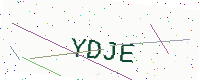
Text: YDJE